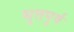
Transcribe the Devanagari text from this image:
भुतपुर्व